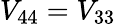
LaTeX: V_{44}=V_{33}